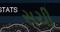
સચી